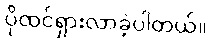
ပိုထင်ရှားလာခဲ့ပါတယ်။